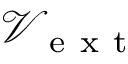
\mathcal { V } _ { \mathrm { ~ e ~ x ~ t ~ } }